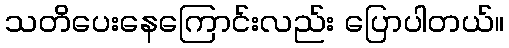
သတိပေးနေကြောင်းလည်း ပြောပါတယ်။